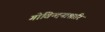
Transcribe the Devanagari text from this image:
गोविन्दनाशारि